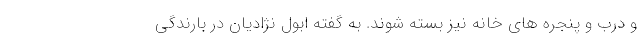
و درب و پنجره های خانه نیز بسته شوند. به گفته ابول نژادیان در بارندگی